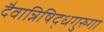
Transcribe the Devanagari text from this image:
दैवान्निषिद्धगुरुगा